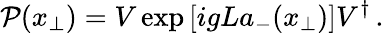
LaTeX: {\cal P}({x}_{\bot})=V\exp\left[igLa_{-}(x_{\bot})\right]V^{\dagger}\, .